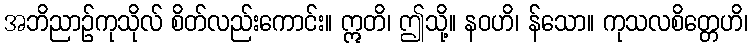
အဘိညာဉ်ကုသိုလ် စိတ်လည်းကောင်း။ ဣတိ၊ ဤသို့။ နဝဟိ၊ န်သော။ ကုသလစိတ္တေဟိ၊